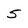
Character: 5